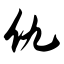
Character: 仇